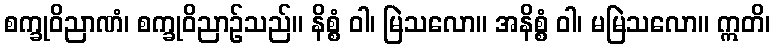
စက္ခုဝိညာဏံ၊ စက္ခုဝိညာဉ်သည်။ နိစ္စံ ဝါ၊ မြဲသလော။ အနိစ္စံ ဝါ၊ မမြဲသလော။ ဣတိ၊